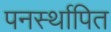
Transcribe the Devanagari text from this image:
पनर्स्थापित